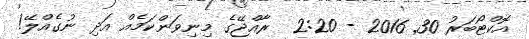
އޮކްޓޯބަރު 30